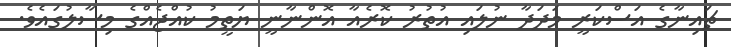
ޗައިނާގެ އަސްކަރީ މަދަދާ ނުލައި އުތުރު ކޮރެއާ އޮންނާނީ ޔަތީމު ކުއްޖެއްގެ މިސާލުގައެވެ.